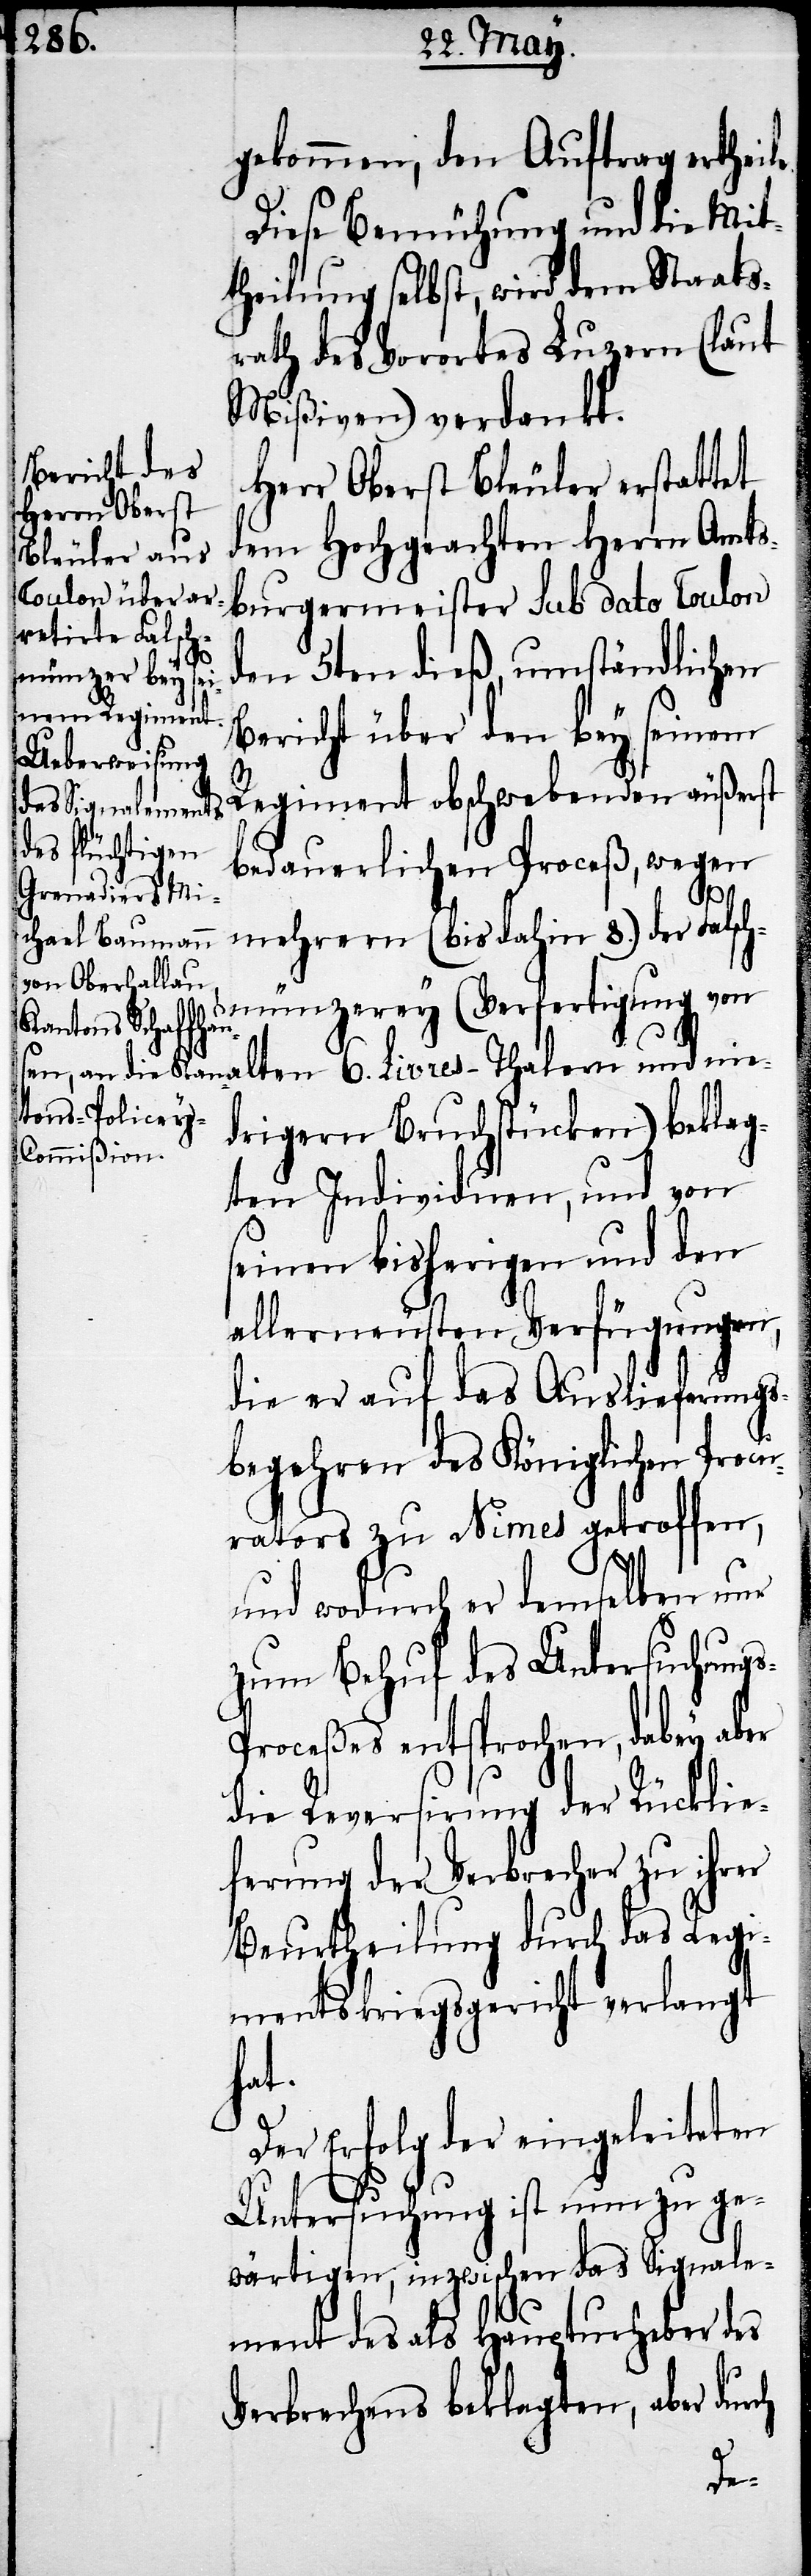
gekommen, den Auftrag ertheil¬
Diese Bemühung und die Mit¬
theilung selbst, wird dem Staats¬
rath des Vorortes Luzern (laut
Mißiven) verdankt.
Herr Oberst Bläuler erstattet
dem Hochgeachten Herren Amts¬
burgermeister sub dato Toulon
den 5ten dieß, umständlichen
ch
Bericht über den bey seinem
6.
Regiment obschwebenden äußerst
bedauerlichen Proceß, wegen
mehrern (bis dahin 8.) der Falsch¬
münzerey (Verfertigung von
drigern Bruchstücken) beklag¬
ten Individuen, und von
seinen bisherigen und den
allerneusten Verfügungen,
die er auf das Auslieferungs¬
begehren des Königlichen Procu¬
rators zu Nimes getroffen,
und wodurch er demselben nur
zum Behuf des Untersuchung¬
s-Proceßes entsprochen, dabey aber
die Reversirung der Rücklie¬
ferung der Verbrecher zu ihrer
Beutheilung durch das Regi¬
mentskriegsgericht verlangt
hat.
Der Erfolg der eingeleiteten
Unterusuchung ist nun zu ge¬
wärtigen, inzwischen das Signale¬
ment des als Haupturheber des
Verbrechens beklagten, aber dur¬